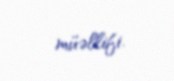
müəllifi.